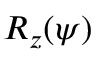
R _ { z } ( \psi )